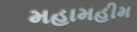
મહામહીમ